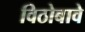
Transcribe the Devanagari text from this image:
विठोबावे